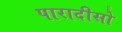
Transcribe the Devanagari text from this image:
पारादीसो